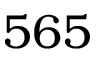
5 6 5